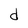
Character: d